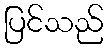
ပြင်သည်